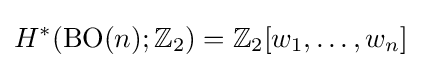
H^{*}(\operatorname {BO} (n);\mathbb {Z} _{2})=\mathbb {Z} _{2}[w_{1},\ldots ,w_{n}]